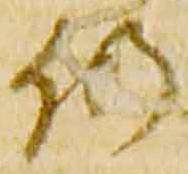
仍